Leaving Certificate Examination (including Day School Certificate (Higher) General paper), 1929
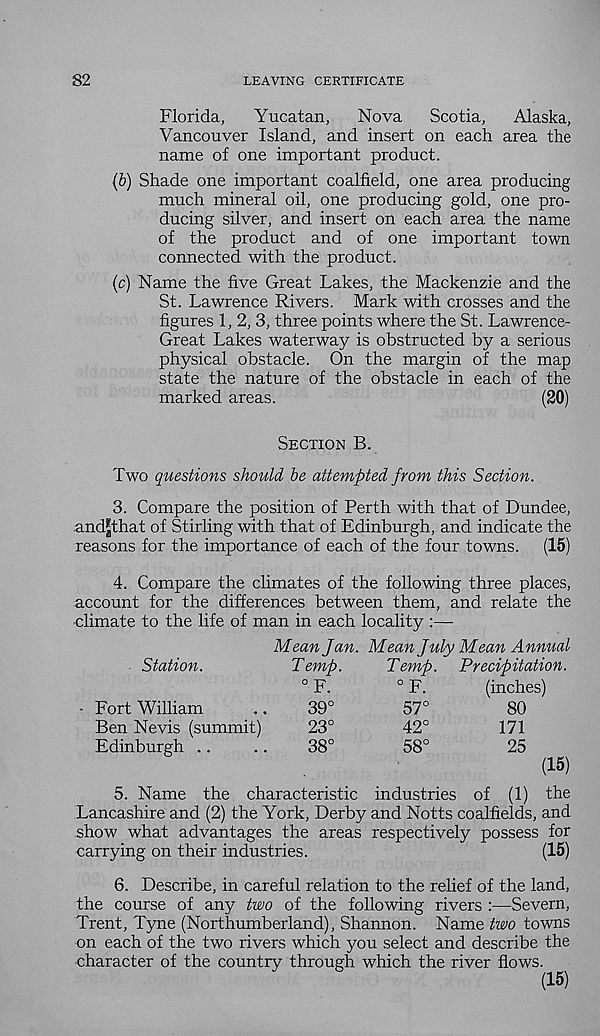
82
LEAVING CERTIFICATE
Florida,
Yucatan,
Nova
Scotia,
Alaska,
Vancouver Island, and insert on each area the
name of one important product.
(b) Shade one important coalfield, one area producing
much mineral oil, one producing gold, one pro-
ducing silver, and insert on each area the name
of the product and of one important town
connected with the product.
(c) Name the five Great Lakes, the Mackenzie and the
St. Lawrence Rivers. Mark with crosses and the
figures 1, 2, 3, three points where the St. Lawrence-
Great Lakes waterway is obstructed by a serious
physical obstacle. On the margin of the map
state the nature of the obstacle in each of the
marked areas.
(20)
Section B.
Two questions should be attempted from this Section.
3. Compare the position of Perth with that of Dundee,
and|that of Stirling with that of Edinburgh, and indicate the
reasons for the importance of each of the four towns.
(15)
4. Compare the climates of the following three places,
account for the differences between them, and relate the
climate to the life of man in each locality :—
Mean Jan. Mean July Mean Annual
Station.
Fort William
Ben Nevis (summit)
Edinburgh ..
Temp.
°F.
39°
23°
38°
Temp. Precipitation.
0 F.
(inches)
57°
80
42°
171
58°
25
(15)
5. Name the characteristic industries of (1) the
Lancashire and (2) the York, Derby and Notts coalfields, and
show what advantages the areas respectively possess for
carrying on their industries.
(15)
6. Describe, in careful relation to the relief of the land,
the course of any two of the following rivers :—Severn,
Trent, Tyne (Northumberland), Shannon. Name two towns
on each of the two rivers which you select and describe the
character of the country through which the river flows.
(15)